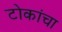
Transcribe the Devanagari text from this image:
टोकांचा